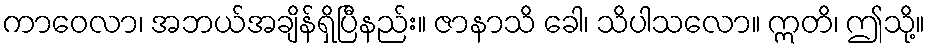
ကာဝေလာ၊ အဘယ်အချိန်ရှိပြီနည်း။ ဇာနာသိ ခေါ၊ သိပါသလော။ ဣတိ၊ ဤသို့။